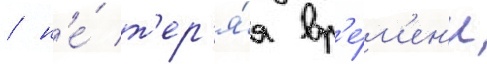
/ н'е́ т'ер'я́я вр'е́м'ен'и